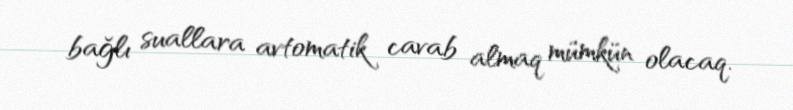
bağlı suallara avtomatik cavab almaq mümkün olacaq.